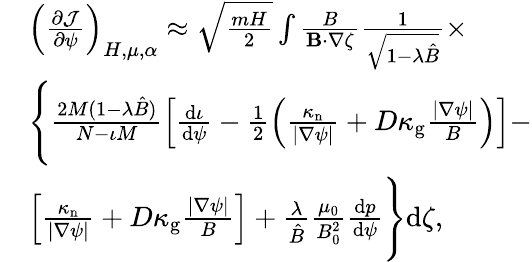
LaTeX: \begin{array}{rl}&{\left(\frac{\partial\mathcal{J}}{\partial\psi}\right)_{H,\mu,\alpha}\approx\sqrt{\frac{mH}{2}}\int\frac{B}{\mathbf{B}\cdot\nabla\zeta}\frac{1}{\sqrt{1-\lambda\hat{B}}}\times}\\ &{\Bigg\{ \frac{2M(1-\lambda\hat{B})}{N-\iota M}\left[\frac{\mathrm{d}\iota}{\mathrm{d}\psi}-\frac{1}{2}\left(\frac{\kappa_{\mathrm{n}}}{|\nabla\psi|}+D\kappa_{\mathrm{g}}\frac{|\nabla\psi|}{B}\right)\right]-}\\ &{\left[\frac{\kappa_{\mathrm{n}}}{|\nabla\psi|}+D\kappa_{\mathrm{g}}\frac{|\nabla\psi|}{B}\right]+\frac{\lambda}{\hat{B}}\frac{\mu_{0}}{B_{0}^{2}}\frac{\mathrm{d}p}{\mathrm{d}\psi}\Bigg\} \mathrm{d}\zeta,}\end{array}